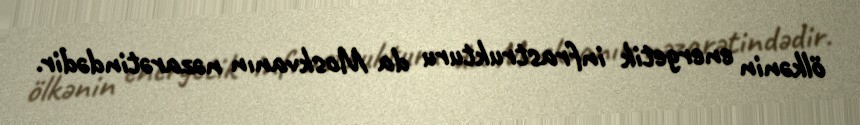
ölkənin energetik infrastrukturu da Moskvanın nəzarətindədir.